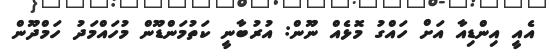
އެއީ އިންޑިއާ އަށް ހައްގު މޮޅެއް ނޫން: އުރުބާނީ ކަތުމަންޑޫން މުހައްމަދު ހަމްދޫން